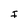
Character: I